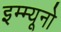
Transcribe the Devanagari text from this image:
इम्म्यूनो